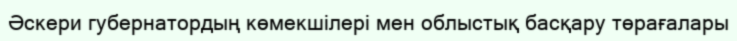
Әскери губернатордың көмекшілері мен облыстық басқару төрағалары